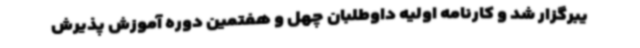
یبرگزار شد و کارنامه اولیه داوطلبان چهل و هفتمین دوره آموزش پذیرش